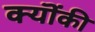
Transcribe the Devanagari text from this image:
क्यॊंकी